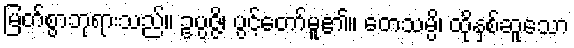
မြတ်စွာဘုရားသည်။ ဥပ္ပဇ္ဇိ၊ ပွင့်တော်မူ၏။ တေသမ္ပိ၊ ထိုနှစ်ဆူသော